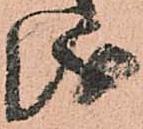
儀